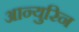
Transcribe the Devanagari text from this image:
आन्युरिन